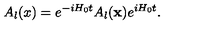
A _ { l } ( x ) = e ^ { - i H _ { 0 } t } A _ { l } ( { \bf x } ) e ^ { i H _ { 0 } t } .